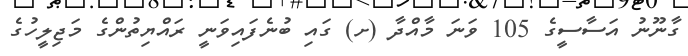
ގާނޫނު އަސާސީގެ 105 ވަނަ މާއްދާ (ށ) ގައި ބުނެފައިވަނީ ރައްޔިތުންގެ މަޖިލީހުގެ